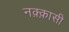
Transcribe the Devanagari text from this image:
नक़्क़ासी